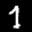
Label: 7